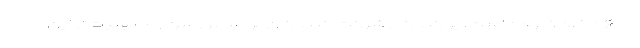
با %۷۸.۵۲ بوده است. پراکندگی شرکت کنندگان بر اساس سن و جنسیت از این